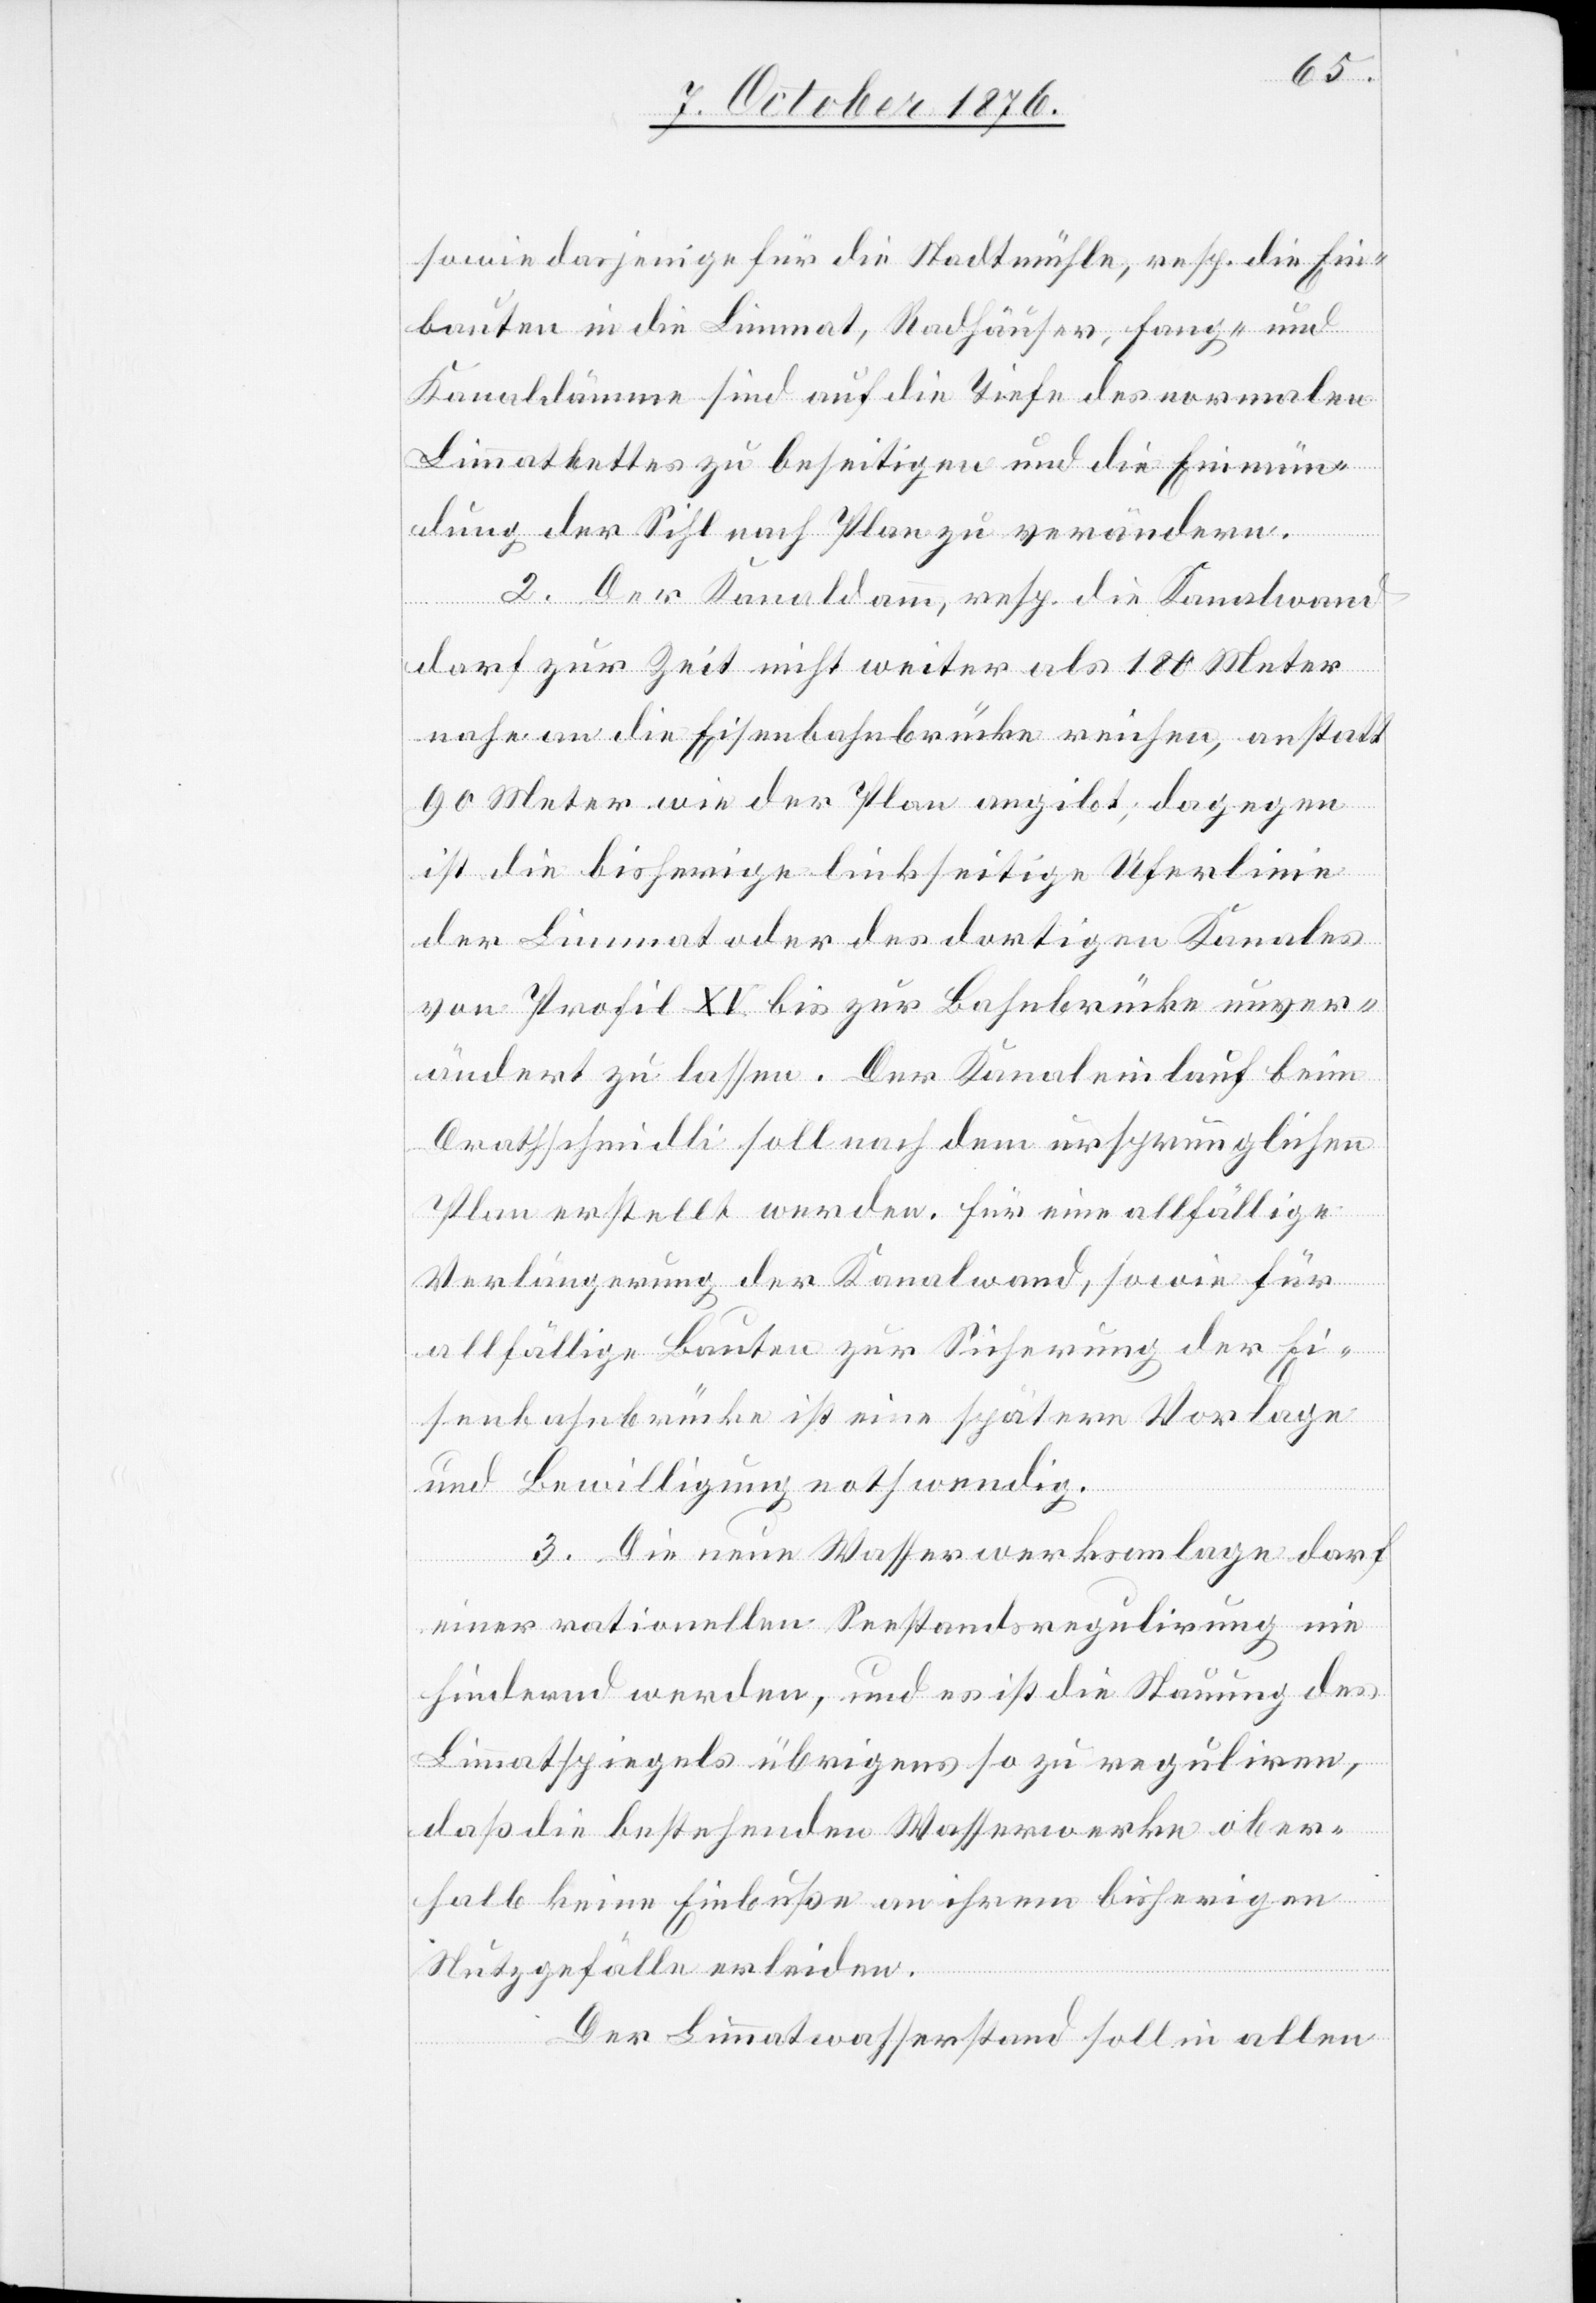
sowie dasjenige für die Stadtmühle, resp. die Ein¬
bauten in die Limmat, Radhäuser, Fang- und
Kanaldämme sind auf die Tiefe des normalen
Limmatbettes zu beseitigen und die Einmün¬
dung der Sihl nach Plan zu verändern.
2. Der Kanaldamm, resp. die Kanalwand
darf zur Zeit nicht weiter als 180 Meter
nahe an die Eisenbahnbrücke reichen, anstatt
90 Meter wie der Plan angibt; dagegen
ist die bisherige linkseitige Uferlinie
der Limmat oder des dortigen Kanales
von Profil XV bis zur Bahnbrücke unver¬
ändert zu lassen. Der Kanaleinlauf beim
Drathschmidli soll nach dem ursprünglichen
Plan erstellt werden. Für eine allfällige
Verlängerung der Kanalwand, sowie für
allfällige Bauten zur Sicherung der Ei¬
senbahnbrücke ist eine spätere Vorlage
und Bewilligung nothwendig.
3. Die neue Wasserwerksanlage darf
einer rationellen Seestandsregulirung nie
hindernd werden, und es ist die Stauung des
Limmatspiegels übrigens so zu reguliren,
daß die bestehenden Wasserwerke ober¬
halb keine Einbuße an ihrem bisherigen
Nutzgefälle erleiden.
Der Limmatwasserstand soll in allen